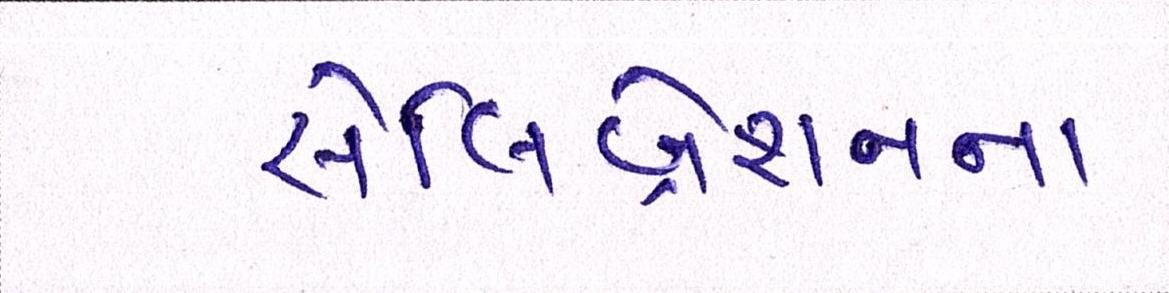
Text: સેલિબ્રેશનના